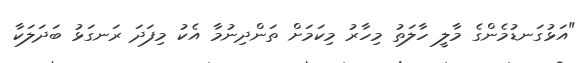
"އަޅުގަނޑުމެންގެ މާލީ ހާލަތު މިހާރު މިކަމަށް ތަންދިނުމާ އެކު މިފަދަ ރަނގަޅު ބަދަލަކާ